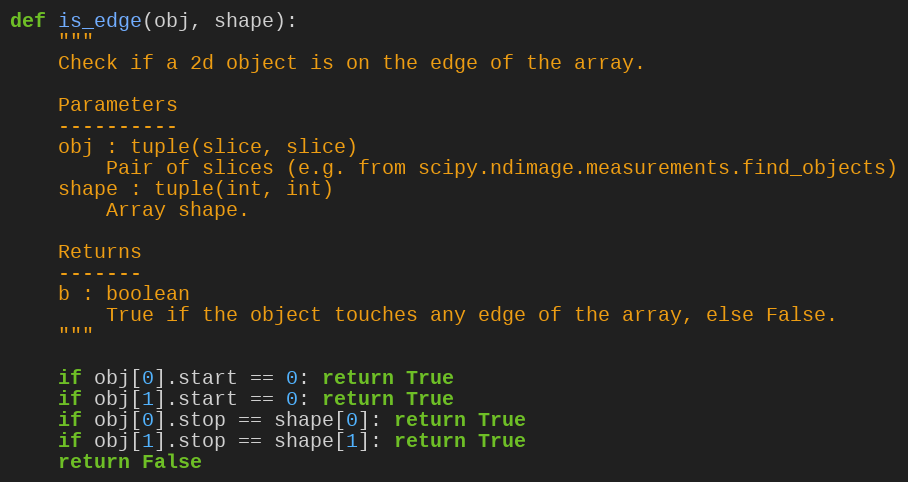
Language: Python
def is_edge(obj, shape):
    """
    Check if a 2d object is on the edge of the array.

    Parameters
    ----------
    obj : tuple(slice, slice)
        Pair of slices (e.g. from scipy.ndimage.measurements.find_objects)
    shape : tuple(int, int)
        Array shape.

    Returns
    -------
    b : boolean
        True if the object touches any edge of the array, else False.
    """

    if obj[0].start == 0: return True
    if obj[1].start == 0: return True
    if obj[0].stop == shape[0]: return True
    if obj[1].stop == shape[1]: return True
    return False